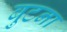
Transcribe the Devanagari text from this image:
बुटना